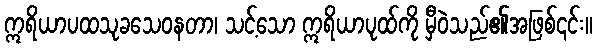
ဣရိယာပထသုခသေဝနတာ၊ သင့်သော ဣရိယာပုထ်ကို မှီဝဲသည်၏အဖြစ်၎င်း။